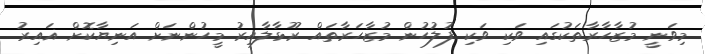
މިވަނީ މުޒާހާރާތަކުގައި ވަކި ވަކި ފުލުހުން މުޒާހަރާތައް ރޫޅާލާއިރު މީހުންނަށް އަނިޔާކޮށް ޣައިރު